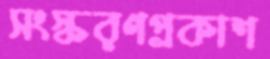
সংস্করণপ্রকাশ